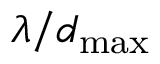
\lambda / d _ { \mathrm { m a x } }